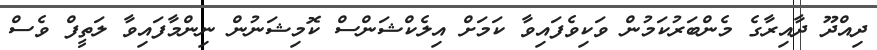
ދިއްދޫ ދާއިރާގެ މެންބަރުކަމުން ވަކިވެފައިވާ ކަމަށް އިލެކްޝަންސް ކޮމިޝަނުން ނިންމާފައިވާ ލަތީފް ވެސް